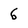
Character: 6